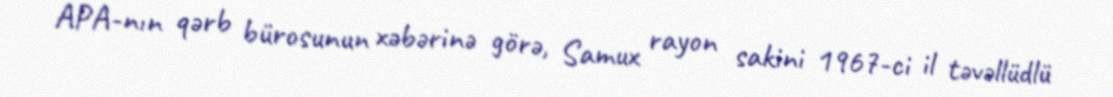
APA-nın qərb bürosunun xəbərinə görə, Samux rayon sakini 1967-ci il təvəllüdlü